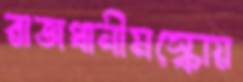
রাজধানীমস্কোয়